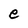
Character: e